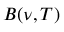
B ( \nu , T )